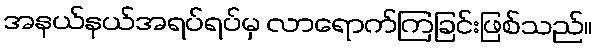
အနယ်နယ်အရပ်ရပ်မှ လာရောက်ကြခြင်းဖြစ်သည်။